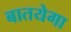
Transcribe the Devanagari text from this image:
बातयेगा